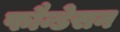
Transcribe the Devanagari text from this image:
फौन्डेसन